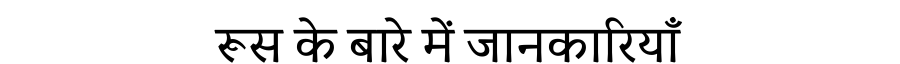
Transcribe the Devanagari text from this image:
रूस के बारे में जानकारियाँ